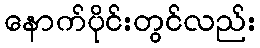
နောက်ပိုင်းတွင်လည်း